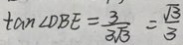
\tan \angle D B E = \frac { 3 } { 3 \sqrt { 3 } } = \frac { \sqrt { 3 } } { 3 }